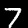
Label: 7